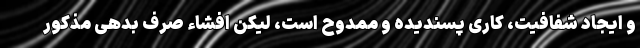
و ایجاد شفافیت، کاری پسندیده و ممدوح است، لیکن افشاء صرف بدهی مذکور